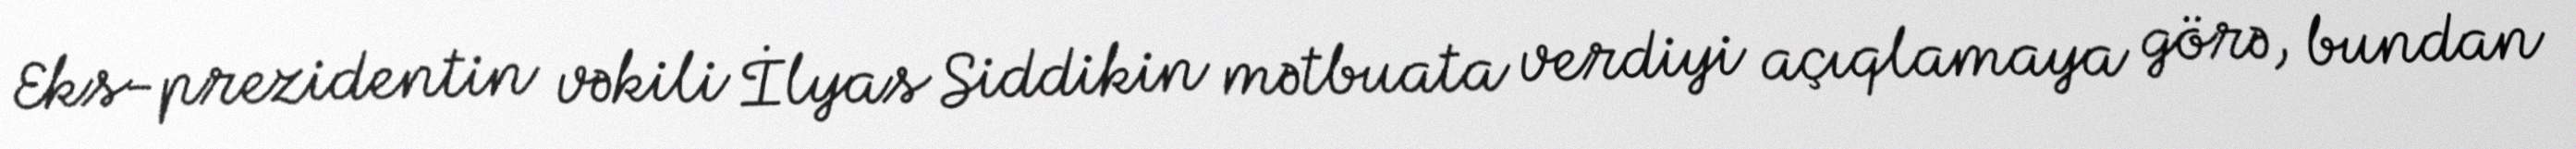
Eks-prezidentin vəkili İlyas Siddikin mətbuata verdiyi açıqlamaya görə, bundan